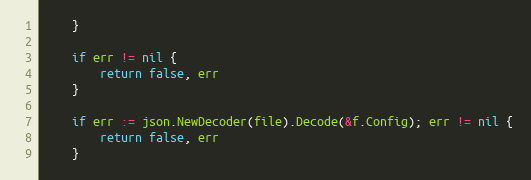
Language: Go
	}

	if err != nil {
		return false, err
	}

	if err := json.NewDecoder(file).Decode(&f.Config); err != nil {
		return false, err
	}